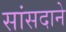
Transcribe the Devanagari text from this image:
सांसदाने